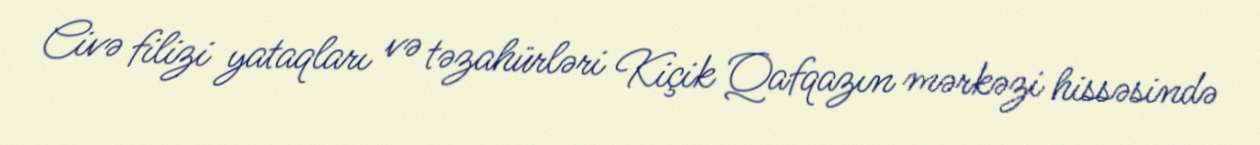
Civə filizi yataqları və təzahürləri Kiçik Qafqazın mərkəzi hissəsində